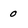
Character: 0